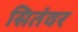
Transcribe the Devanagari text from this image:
सितंवर